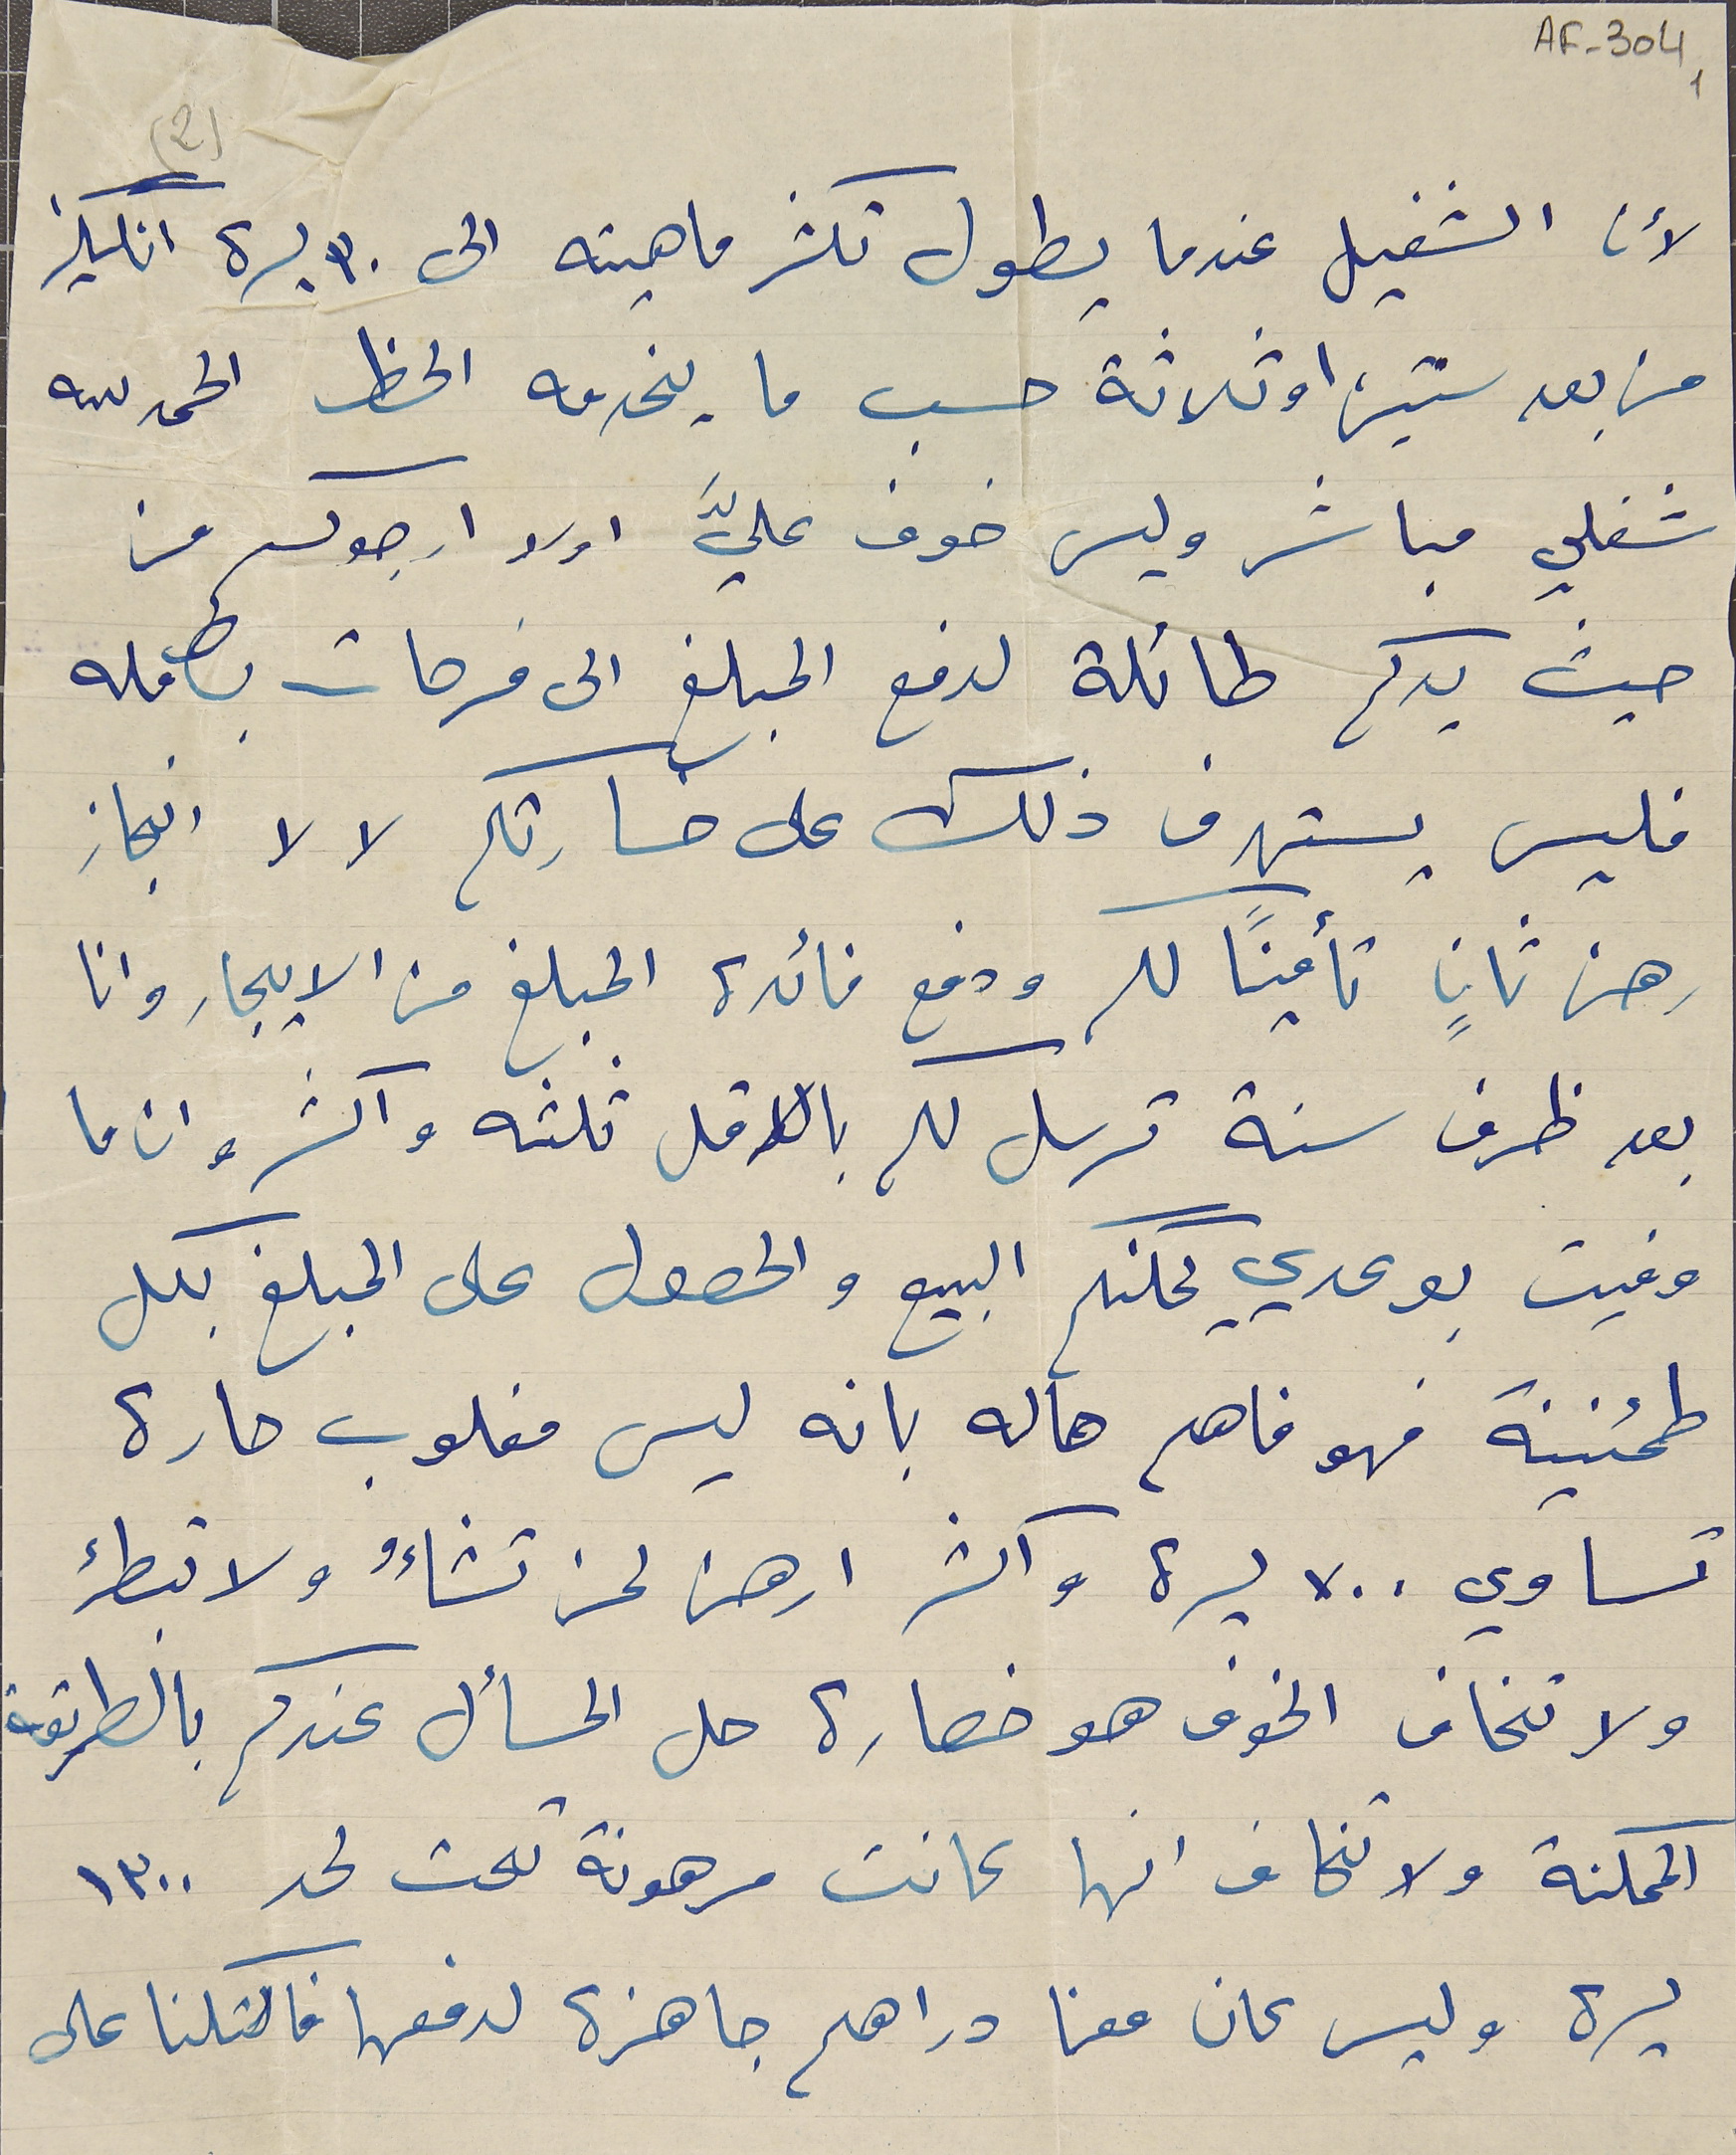
AF-304 1
(2)
لأن الشغيل عندما يطول تكثر ماهيته الى ٣٠ ليرة انكليز
من بعد سنتين او ثلاثة حسب ما يخدمه الحظ الحمد لله
شغلي مباشر وليس خوف عليَّ اولا ارجوكم من
حيث يدكم طائلة لدفع المبلغ الى فرحات بكامله
فليس يستهدف ذلك على حسارتكم لا لا انجاز
رهن ثانٍ تأمينًا لك ودفع فائدة المبلغ من الايجار وانا
بعد ظرف سنة ترسل لهم بالاقل ثلثه واكثر وان ما
وفيت بوعدي يمكنم البيع والحصول على المبلغ بكل
 طمئنينة فهو فاهم حاله بانه ليس مغلوب حارة
تساوي ٧٠٠ ليرة واكثر ارهن لمن تشاءُ ولا تبطء
ولا تخاف الخوف هو خصارة حل المسأل عندكم بالطريقة
الممكنة ولا تخاف انها كانت مرهونة تحت لحد ١٣٠٠
ليرة وليس كان معنا دراهم جاهزة لدفعها فاكتلنا على